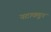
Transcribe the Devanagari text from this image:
नटाकडून